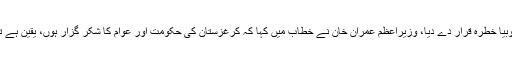
وزیراعظم نے عدم برداشت اور اسلاموفوبیا خطرہ قرار دے دیا، وزیراعظم عمران خان نے خطاب میں کہا کہ کرغزستان کی حکومت اور عوام کا شکر گزار ہوں، یقین ہے تنظیم کے مستقبل کا سفر جاری رہے گا۔